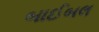
બાઈબલ